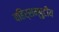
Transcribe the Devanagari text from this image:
बहिर्सम्पुटीय